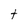
Character: e